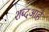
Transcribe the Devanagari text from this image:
शब्दआहे